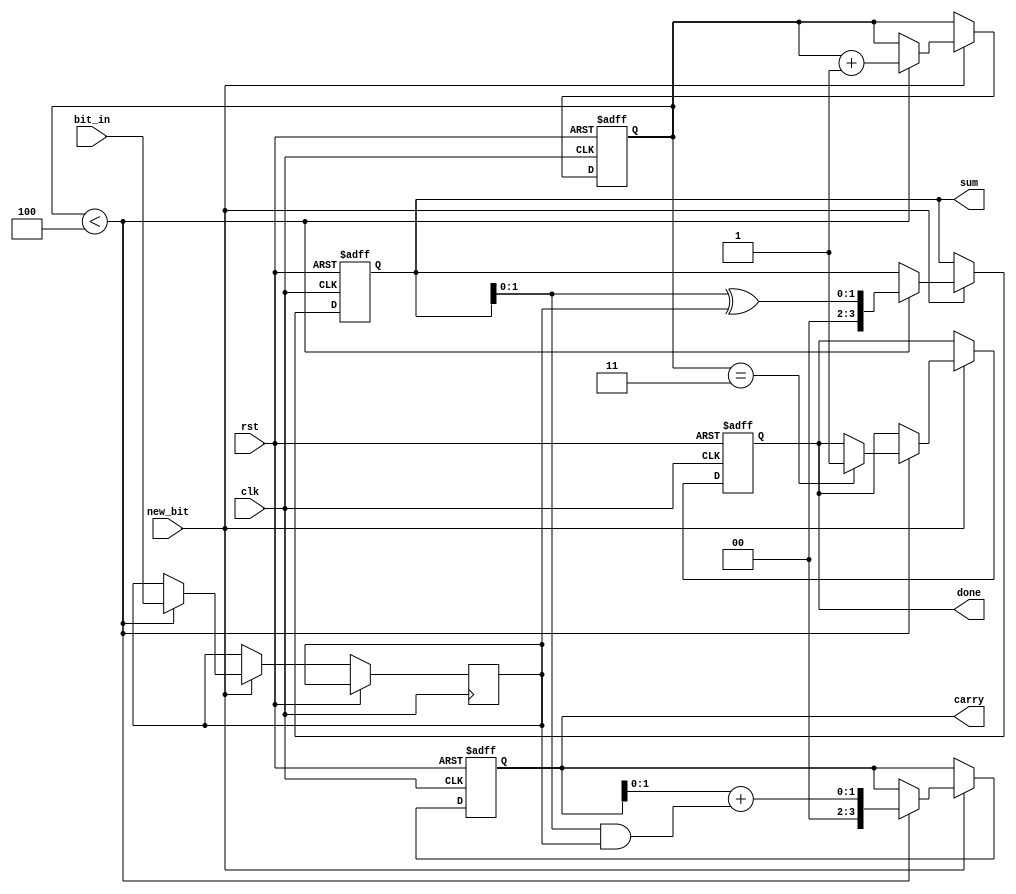
module carry_save_adder_serial (
    input wire clk,
    input wire rst,
    input wire new_bit,   // Control signal for new bit input
    input wire [1:0] bit_in, // 2-bit input (one bit for each operand)
    output reg [3:0] sum,   // Accumulated sum
    output reg [3:0] carry,  // Accumulated carry
    output reg done         // Signal indicating that the addition is complete
);

    reg [1:0] operand1;      // First operand bits received
    reg [1:0] operand2;      // Second operand bits received
    reg [1:0] current_bit;   // Current bit being processed
    reg [1:0] next_sum;      // Temporary sum for current bit processing
    reg [1:0] next_carry;    // Temporary carry for current bit processing
    reg [1:0] count;         // Bit count for input processing

    initial begin
        sum = 0;
        carry = 0;
        done = 0;
        count = 0;
    end

    always @(posedge clk or posedge rst) begin
        if (rst) begin
            sum <= 0;
            carry <= 0;
            done <= 0;
            count <= 0;
        end else if (new_bit) begin
            // Shift in the new bit
            if (count < 4) begin
                // Process the incoming bits
                current_bit <= bit_in;

                // Carry Save Logic
                next_sum = sum ^ current_bit;  // Partial sum
                next_carry = carry + (sum & current_bit); // Partial carry

                // Update sum and carry
                sum <= next_sum;
                carry <= next_carry;

                // Increment count
                count <= count + 1;

                // Check if we've received all bits
                if (count == 3) begin
                    done <= 1; // Indicate that processing is complete
                end
            end
        end
    end

endmodule